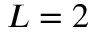
L = 2